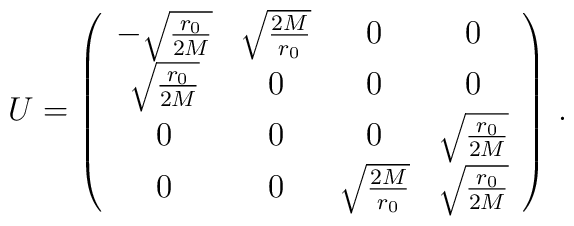
U=\left(\begin{array}{cccc}-\sqrt{\frac{r_0}{2M}}&\sqrt{\frac{2M}{r_0}}&0&0\\\sqrt{\frac{r_0}{2M}}&0&0&0\\ 0&0&0&\sqrt{\frac{r_0}{2M}}\\0&0&\sqrt{\frac{2M}{r_0}}&\sqrt{\frac{r_0}{2M}}\end{array}\right)\,.